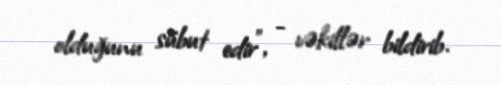
olduğunu sübut edir”, - vəkillər bildirib.